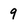
Character: 9